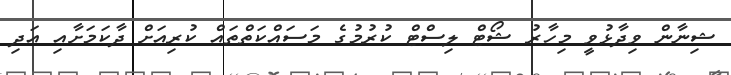
ޝިނާން ވިދާޅުވީ މިހާރު ޝޯޓް ލިސްޓް ކުރުމުގެ މަސައްކަތްތައް ކުރިއަށް ދާކަމަށާއި އަދި